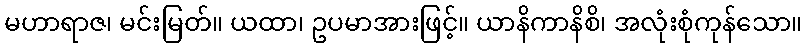
မဟာရာဇ၊ မင်းမြတ်။ ယထာ၊ ဥပမာအားဖြင့်။ ယာနိကာနိစိ၊ အလုံးစုံကုန်သော။